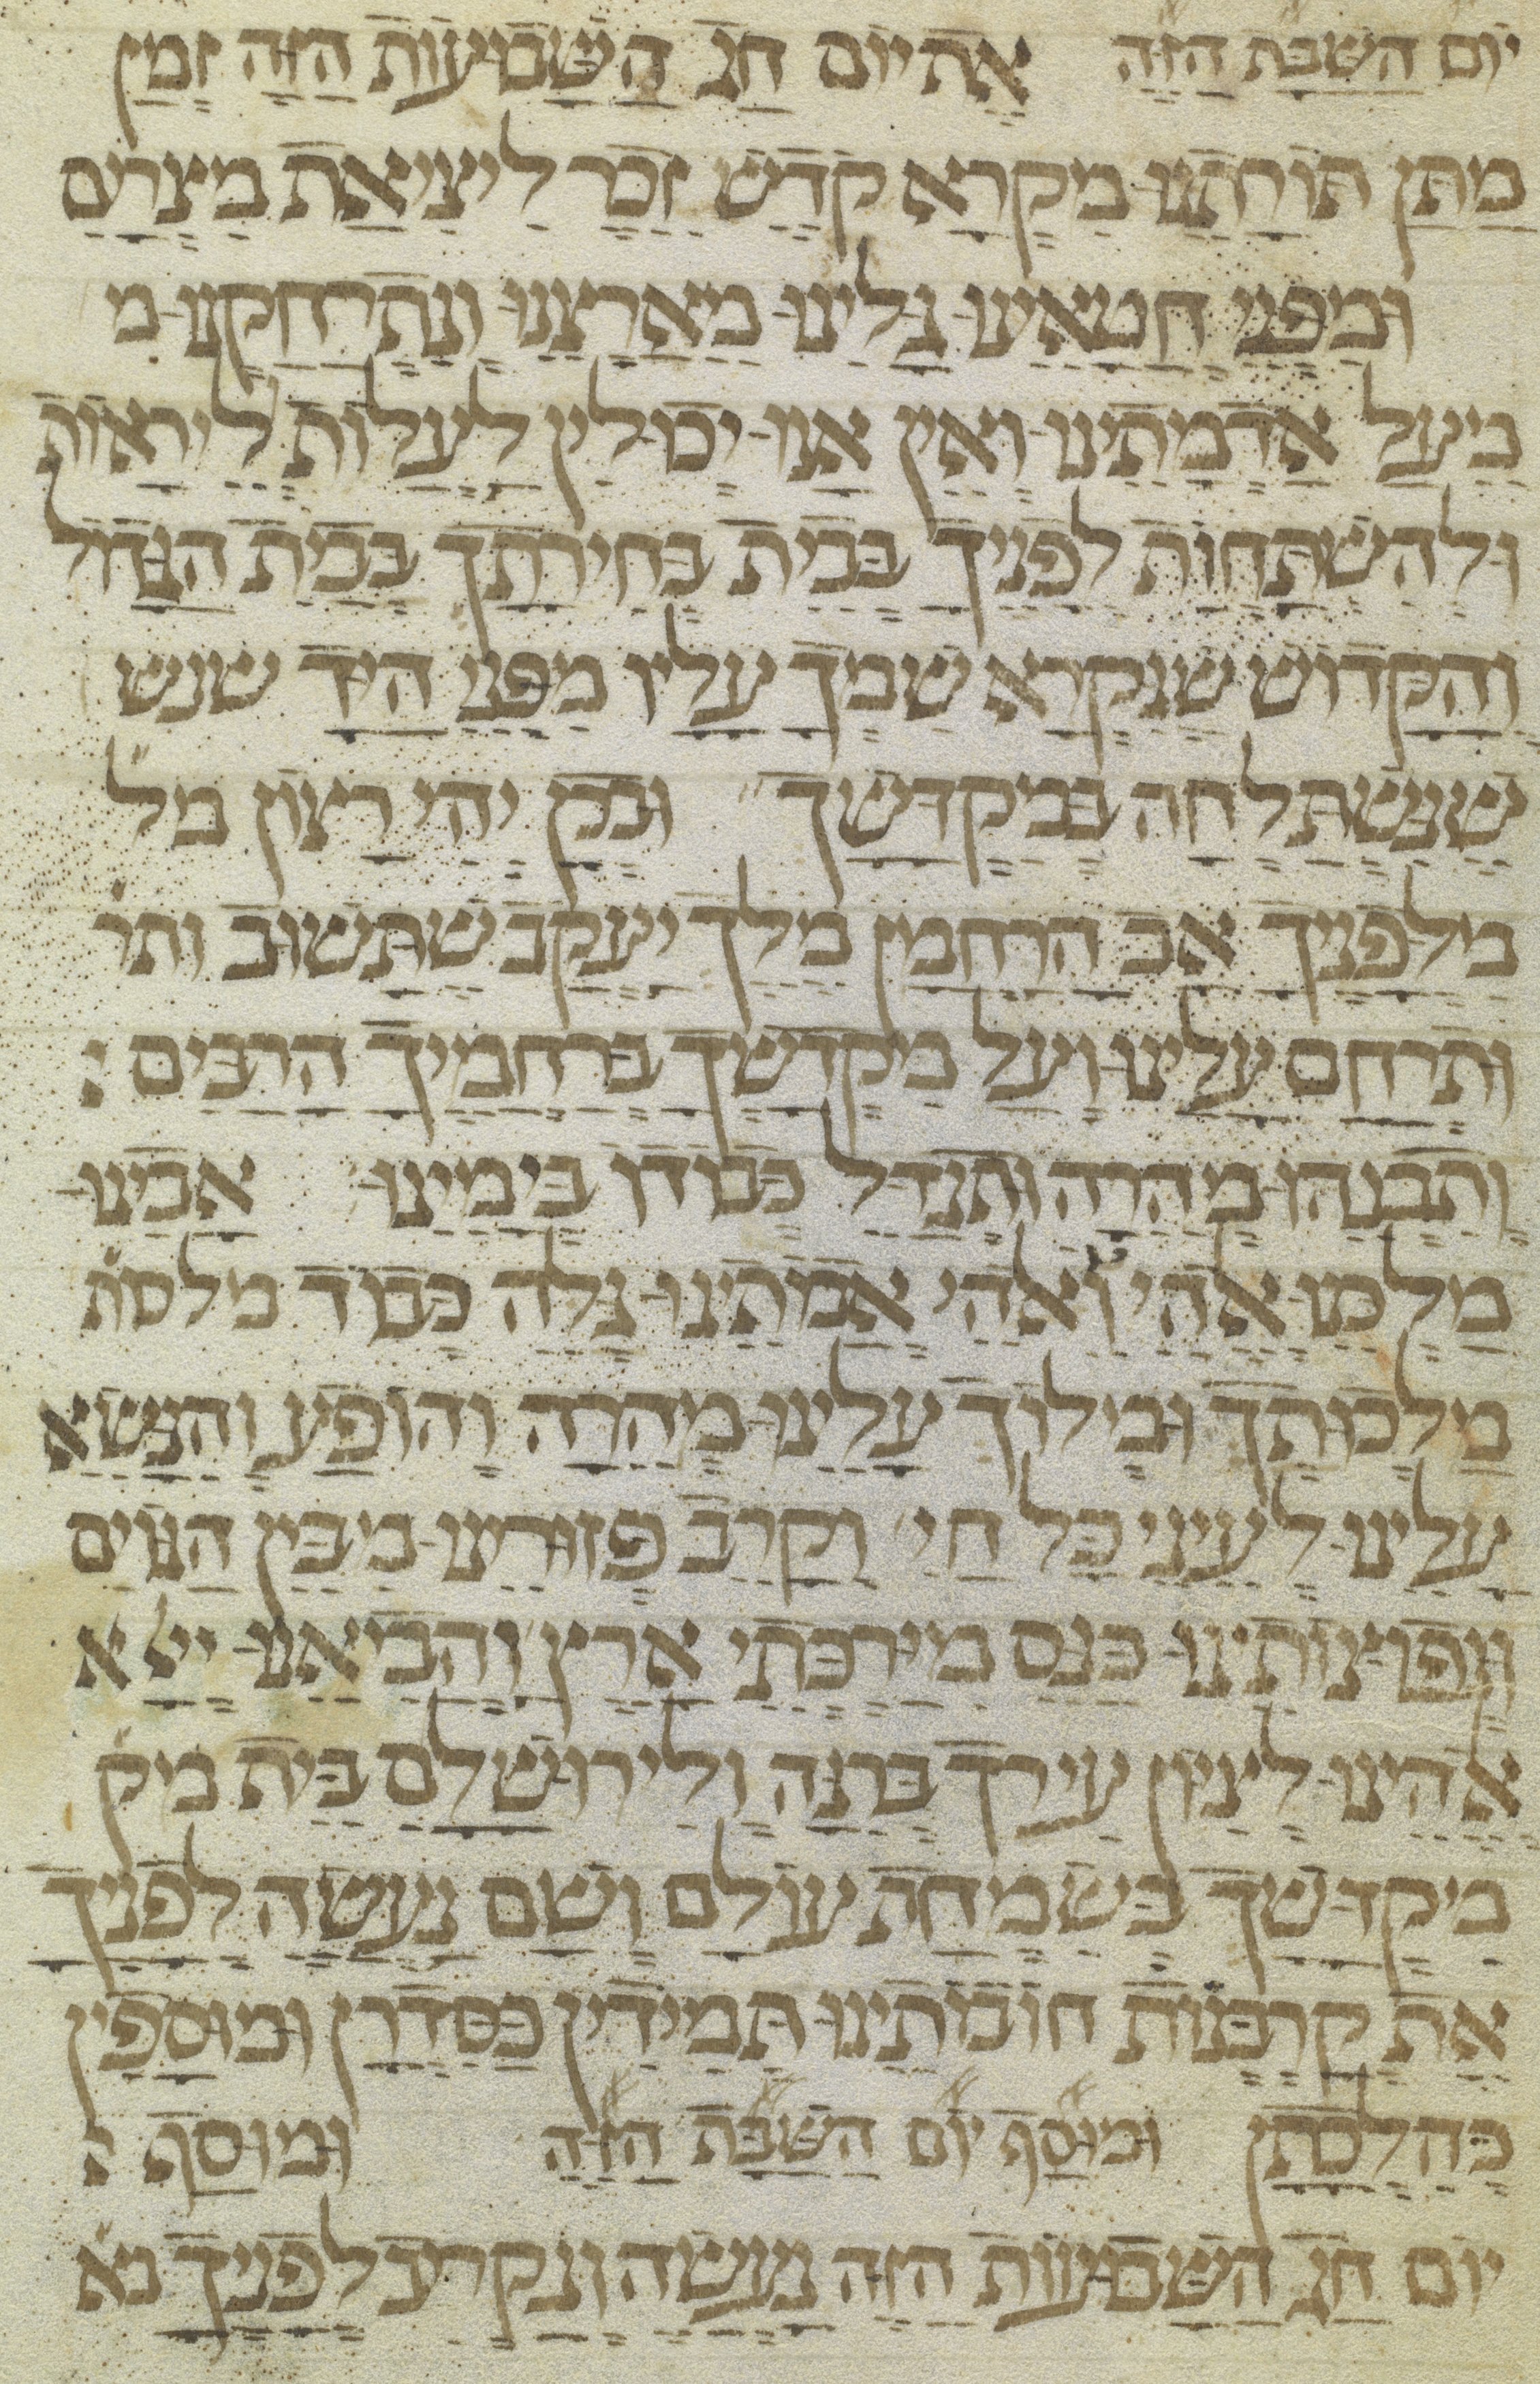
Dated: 1300–1399